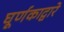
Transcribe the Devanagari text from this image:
घूर्णकाद्वारे